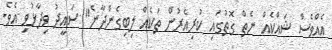
އެއްވެސް ޝައްކެއް ނެތް ގޮތުގައި ކުރިއެރުން ތަކެއް ލިބިގެންދާނެ" ސައީދު ވިދާޅުވި އެވެ.